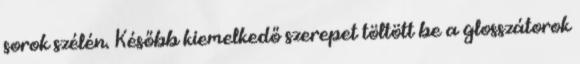
sorok szélén. Később kiemelkedő szerepet töltött be a glosszátorok